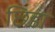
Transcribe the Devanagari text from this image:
छिडा